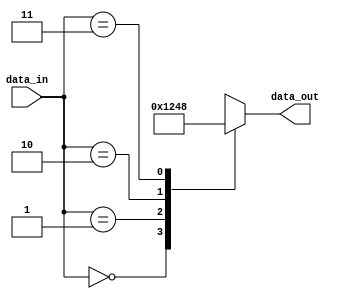
module decoder2to4(data_in, data_out);
    input [1:0] data_in;
    output reg [3:0] data_out;

    always @(data_in or data_out) begin
        case (data_in)
            2'b00 : data_out = 4'b0001;
            2'b01 : data_out = 4'b0010;
            2'b10 : data_out = 4'b0100;
            2'b11 : data_out = 4'b1000;
        endcase
    end
endmodule